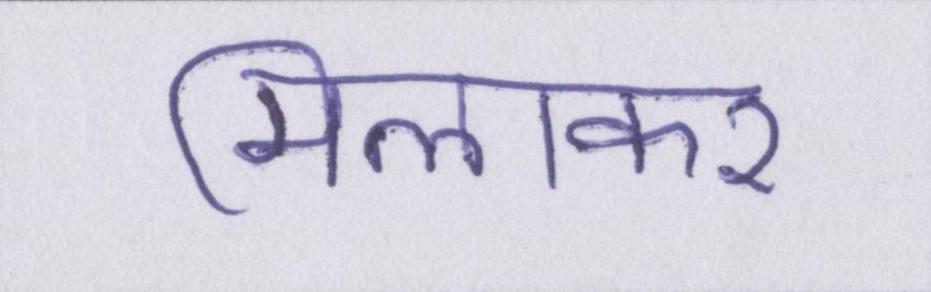
मिलाकर